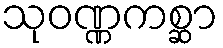
သုဝဏ္ဏကစ္ဆာ